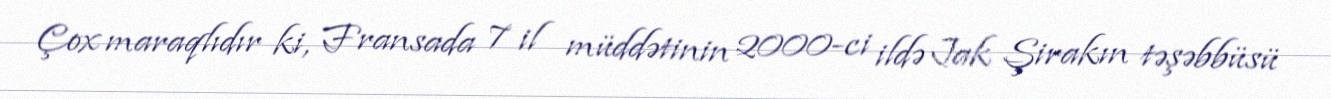
Çox maraqlıdır ki, Fransada 7 il müddətinin 2000-ci ildə Jak Şirakın təşəbbüsü